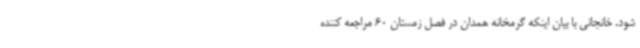
شود. خانجانی با بیان اینکه گرمخانه همدان در فصل زمستان 60 مراجعه کننده